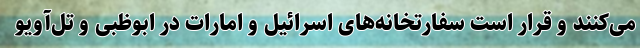
می‌کنند و قرار است سفارتخانه‌های اسرائیل و امارات در ابوظبی و تل‌آویو